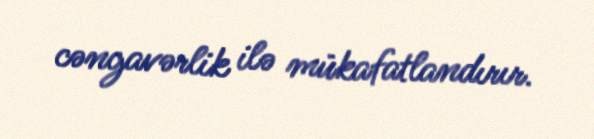
cəngavərlik ilə mükafatlandırır.